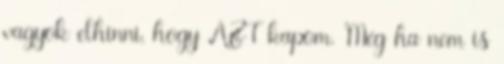
vagyok elhinni, hogy AZT kapom. Még ha nem is